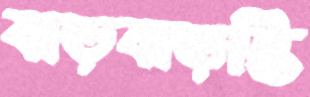
বাড়বাড়ন্তি